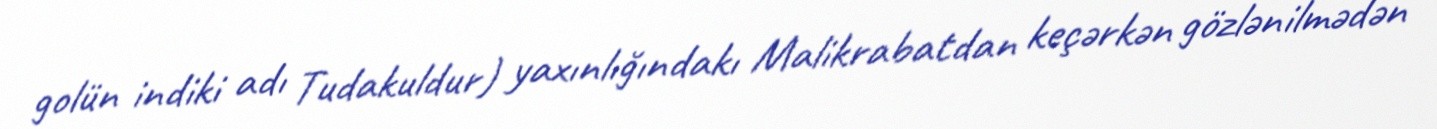
golün indiki adı Tudakuldur) yaxınlığındakı Malikrabatdan keçərkən gözlənilmədən